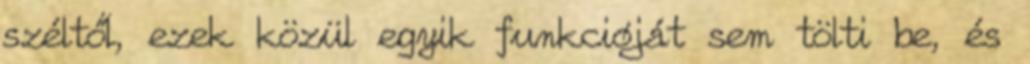
széltől, ezek közül egyik funkcióját sem tölti be, és